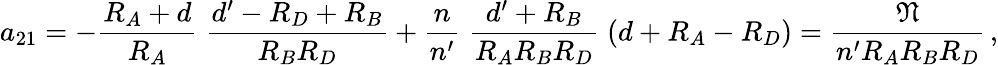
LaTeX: a_{21}=-{\frac{R_{A}+d}{R_{A}}}\; {\frac{d^{\prime}-R_{D}+R_{B}}{R_{B}R_{D}}}+{\frac{n}{n^{\prime}}}\; {\frac{d^{\prime}+R_{B}}{R_{A}R_{B}R_{D}}}\; (d+R_{A}-R_{D})={\frac{\mathfrak{N}}{n^{\prime}R_{A}R_{B}R_{D}}}\, ,